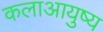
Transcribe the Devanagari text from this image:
कलाआयुष्य